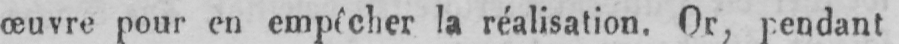
œuvre pour en empêcher la réalisation. Or, pendant